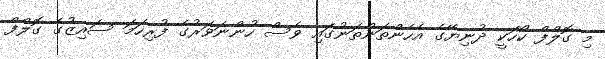
މި ގޮލްފް ކޯހަކީ ދުނިޔޭގެ އެހެންތަންތަނުގައި ވެސް ހުންނަވަރުގެ ފުރިހަމަ ސައިޒުގެ ގޮލްފް